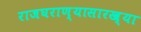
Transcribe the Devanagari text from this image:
राजघराण्यासारख्या